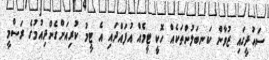
ސައުދީގައި ޒުވާން ކަނބަލުންތަކެއް ހޮކީ ޓީމެއް އުފައްދައި އެ ޓީމު ކުރިއަށްގެންދިއުމުގެ ރަސްމީ